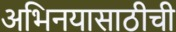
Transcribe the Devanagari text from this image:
अभिनयासाठीची